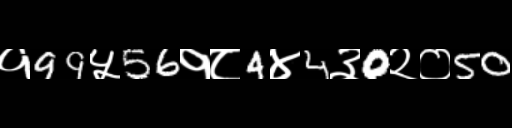
Text: १99५56१८4४4३0२०50